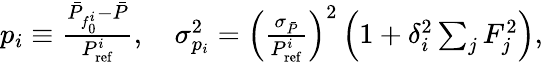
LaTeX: \begin{array}{r}{p_{i}\equiv\frac{\bar{P}_{f_{0}^{i}}-\bar{P}}{P_{\mathrm{ref}}^{i}},\quad\sigma_{p_{i}}^{2}=\left(\frac{\sigma_{\bar{P}}}{P_{\mathrm{ref}}^{i}}\right)^{2}\left(1+\delta_{i}^{2}\sum_{j}F_{j}^{2}\right),}\end{array}